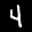
Label: 4